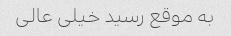
به موقع رسید خیلی عالی